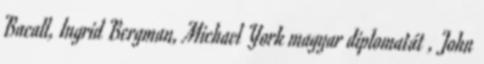
Bacall, Ingrid Bergman, Michael York magyar diplomatát , John